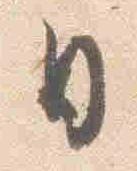
日